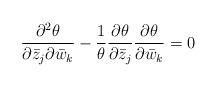
LaTeX: \begin{align*} \frac{\partial^2 \theta}{\partial\bar z_j \partial\bar w_k}-\frac 1{\theta} \frac{\partial \theta}{\partial\bar z_j}\frac{\partial \theta}{\partial\bar w_k}=0 \end{align*}